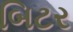
બિટર